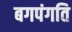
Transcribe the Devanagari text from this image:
बगपंगति